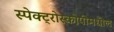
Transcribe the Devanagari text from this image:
स्पेक्ट्रोस्कोपीमधील